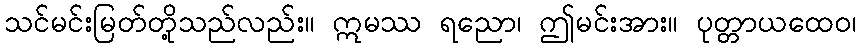
သင်မင်းမြတ်တို့သည်လည်း။ ဣမဿ ရညော၊ ဤမင်းအား။ ပုတ္တာယထေဝ၊